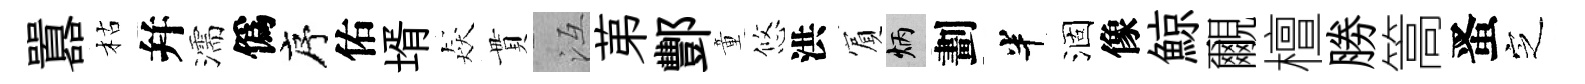
囂枯幷濡僞序佑壻猋貫冱苐酆童悠洪賔炳劃半涸像鯨覼檀勝篙󱉠㝎